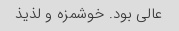
عالی بود. خوشمزه و لذیذ